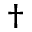
^ \dagger